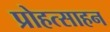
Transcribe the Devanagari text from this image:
प्रोहत्साहन